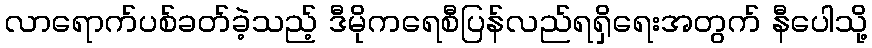
လာရောက်ပစ်ခတ်ခဲ့သည့် ဒီမိုကရေစီပြန်လည်ရရှိရေးအတွက် နီပေါသို့